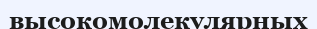
высокомолекулярных